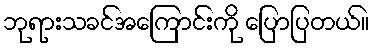
ဘုရားသခင်အကြောင်းကို ပြောပြတယ်။